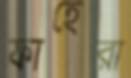
ফাহেরা